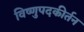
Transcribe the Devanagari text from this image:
विष्णुपदकीर्तन